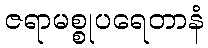
ဇရာမစ္စုပရေတာနံ